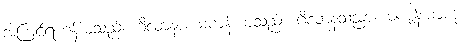
အကြင်ရဟန်းမသည်။ ဂိလာနာ၊ မကျန်းမာသည်။ ဂိလာနသညာ၊ မကျန်းမာဟု